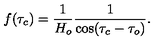
f ( \tau _ { c } ) = \frac { 1 } { H _ { o } } \frac { 1 } { \cos ( \tau _ { c } - \tau _ { o } ) } .